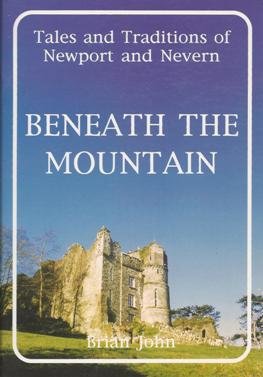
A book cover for Beneath the Mountain: Tales and Traditions of Newport and Nevern; Brian John; Travel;